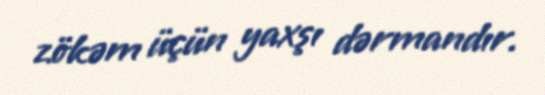
zökəm üçün yaxşı dərmandır.